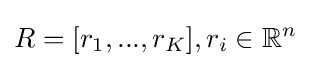
R=[r_{1},...,r_{K}],r_{i}\in \mathbb {R} ^{n}